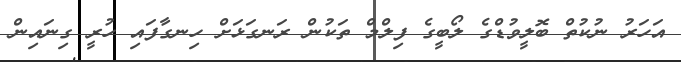
އަހަރު ނުކުތް ބޮލީވުޑްގެ ލޯބީގެ ފިލްމް ތަކުން ރަނގަޅަށް ހިނގާފައި ހުރީ ގިނައިން